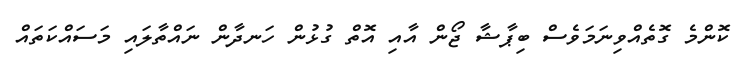
ކޮންމެ ގޮތެއްވިނަމަވެސް ބިޕާޝާ ޖޯން އާއި އޮތް ގުޅުން ހަނދާން ނައްތާލައި މަސައްކަތައް